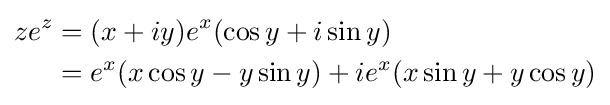
{\begin{aligned}ze^{z}&=(x+iy)e^{x}(\cos y+i\sin y)\\&=e^{x}(x\cos y-y\sin y)+ie^{x}(x\sin y+y\cos y)\\\end{aligned}}